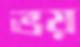
ভয়